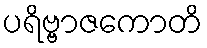
ပရိဗ္ဗာဇကောတိ